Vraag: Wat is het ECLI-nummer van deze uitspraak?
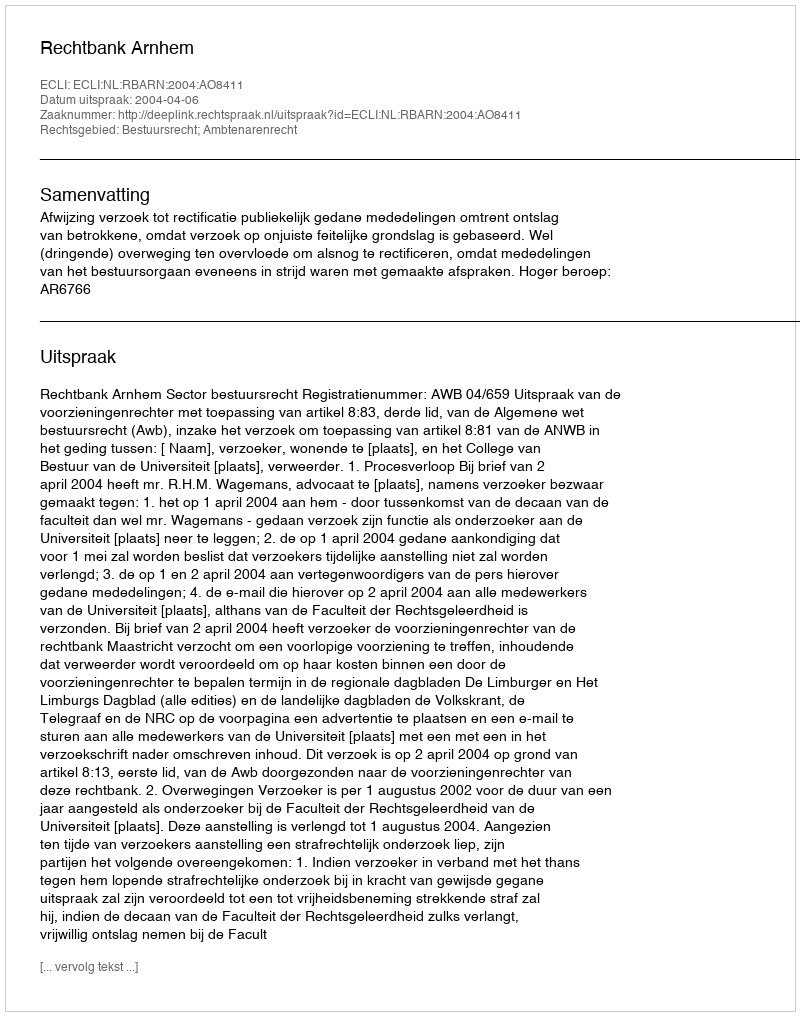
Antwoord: ECLI:NL:RBARN:2004:AO8411